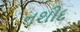
નશીદ